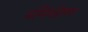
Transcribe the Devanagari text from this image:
मणिमहेश्‍वर